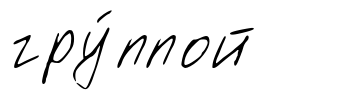
гру́ппой